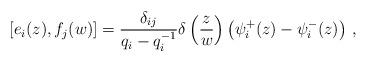
LaTeX: \begin{align*} [e_i(z),f_j(w)]=\frac{\delta_{ij}}{q_i-q_i^{-1}}\delta\left(\frac{z}{w}\right)\left(\psi^+_i(z)-\psi^-_i(z)\right) \,,\end{align*}